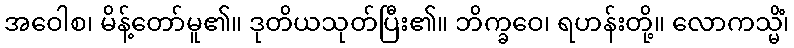
အဝေါစ၊ မိန့်တော်မူ၏။ ဒုတိယသုတ်ပြီး၏။ ဘိက္ခဝေ၊ ရဟန်းတို့။ လောကသ္မိံ၊